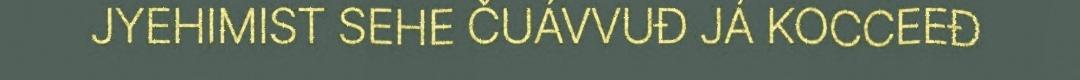
JYEHIMIST SEHE ČUÁVVUĐ JÁ KOCCEEĐ